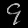
Digit: ၄